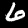
Label: 6